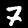
Digit: 7